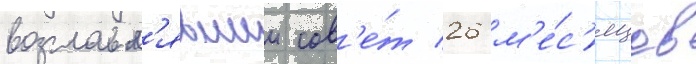
возглавл'явшии сов'е́т 26 м'е́с'яцев